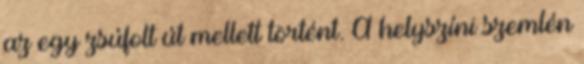
az egy zsúfolt út mellett történt. A helyszíni szemlén